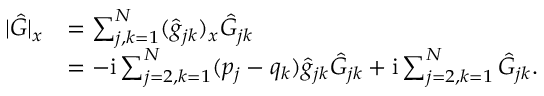
\begin{array} { r l } { | \hat { G } | _ { x } } & { = \sum _ { j , k = 1 } ^ { N } ( \hat { g } _ { j k } ) _ { x } \hat { G } _ { j k } } \\ & { = - \mathrm { i } \sum _ { j = 2 , k = 1 } ^ { N } ( p _ { j } - q _ { k } ) \hat { g } _ { j k } \hat { G } _ { j k } + \mathrm { i } \sum _ { j = 2 , k = 1 } ^ { N } \hat { G } _ { j k } . } \end{array}